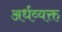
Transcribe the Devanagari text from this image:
अर्धव्यक्त